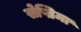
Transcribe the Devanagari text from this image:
सेप्तिमा